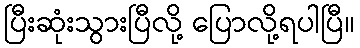
ပြီးဆုံးသွားပြီလို့ ပြောလို့ရပါပြီ။